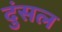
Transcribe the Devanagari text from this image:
दुंसल